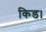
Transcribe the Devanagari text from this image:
किड।